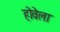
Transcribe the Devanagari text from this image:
होवेला